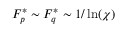
F _ { p } ^ { * } \sim F _ { q } ^ { * } \sim 1 / \ln ( \chi )